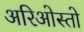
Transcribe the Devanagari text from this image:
अरिओस्तो